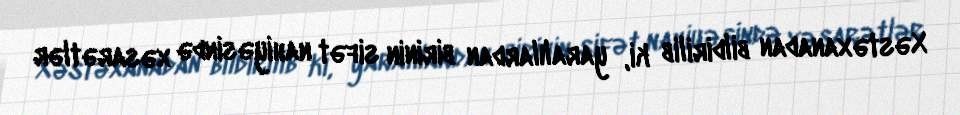
Xəstəxanadan bildirilib ki, yaralılardan birinin sifət nahiyəsində xəsarətlər